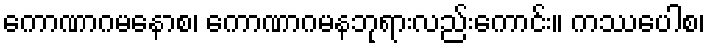
ကောဏာဂမနောစ၊ ကောဏာဂမနဘုရားလည်းကောင်း။ ကဿပေါစ၊